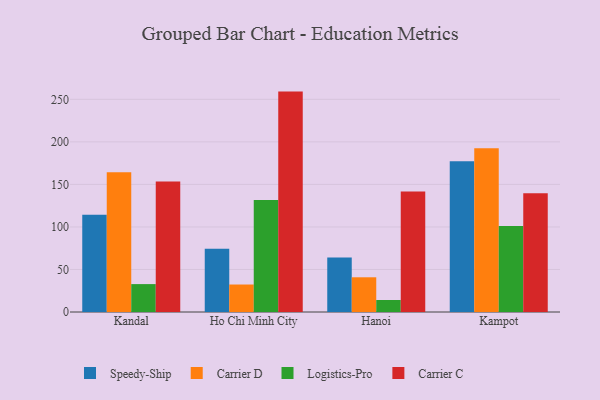
{"axis": {"x": "City", "y": "Headcount"}, "legend": ["Carrier C", "Carrier D", "Logistics-Pro", "Speedy-Ship"], "data": [{"x": "Kandal", "y": 114.3, "type": "Speedy-Ship"}, {"x": "Kandal", "y": 164.3, "type": "Carrier D"}, {"x": "Kandal", "y": 32.8, "type": "Logistics-Pro"}, {"x": "Kandal", "y": 153.5, "type": "Carrier C"}, {"x": "Ho Chi Minh City", "y": 74.3, "type": "Speedy-Ship"}, {"x": "Ho Chi Minh City", "y": 32.3, "type": "Carrier D"}, {"x": "Ho Chi Minh City", "y": 131.8, "type": "Logistics-Pro"}, {"x": "Ho Chi Minh City", "y": 259.1, "type": "Carrier C"}, {"x": "Hanoi", "y": 64.1, "type": "Speedy-Ship"}, {"x": "Hanoi", "y": 40.8, "type": "Carrier D"}, {"x": "Hanoi", "y": 14.1, "type": "Logistics-Pro"}, {"x": "Hanoi", "y": 141.8, "type": "Carrier C"}, {"x": "Kampot", "y": 177.3, "type": "Speedy-Ship"}, {"x": "Kampot", "y": 192.5, "type": "Carrier D"}, {"x": "Kampot", "y": 101.1, "type": "Logistics-Pro"}, {"x": "Kampot", "y": 139.6, "type": "Carrier C"}]}